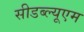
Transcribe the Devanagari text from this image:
सीडब्ल्यूएम